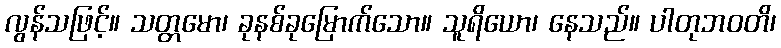
လွန်သဖြင့်။ သတ္တမော၊ ခုနစ်ခုမြောက်သော။ သူရိယော၊ နေသည်။ ပါတုဘဝတိ၊